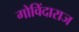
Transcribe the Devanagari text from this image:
गोविंदाराज